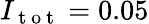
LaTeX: I_{\mathrm{~t~o~t~}}=0.05